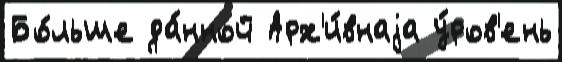
Бо́льше да́нной Арх'и́внаjа у́ров'ень